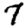
Digit: 7